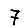
Digit: 7